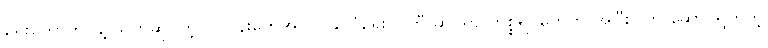
ရွေးကောက်ပွဲနဲ့ သက်ဆိုင်တဲ့လုပ်ငန်းတွေအပြင် နိုင်ငံရေး ပါတီ ဆိုင်ရာ ကိစ္စရပ်တွေကို အပြီးပြတ် ဆောင်ရွက်တဲ့